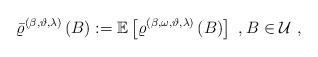
LaTeX: \begin{align*}\bar{\varrho}^{(\beta ,\vartheta ,\lambda )}\left( B\right) :=\mathbb{E}\left[ \varrho ^{(\beta ,\omega ,\vartheta ,\lambda )}\left( B\right) \right]\ ,B\in \mathcal{U}\ , \end{align*}